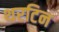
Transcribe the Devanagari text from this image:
थरटिन